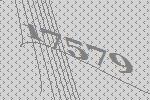
17579